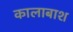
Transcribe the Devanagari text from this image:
कालाबाश